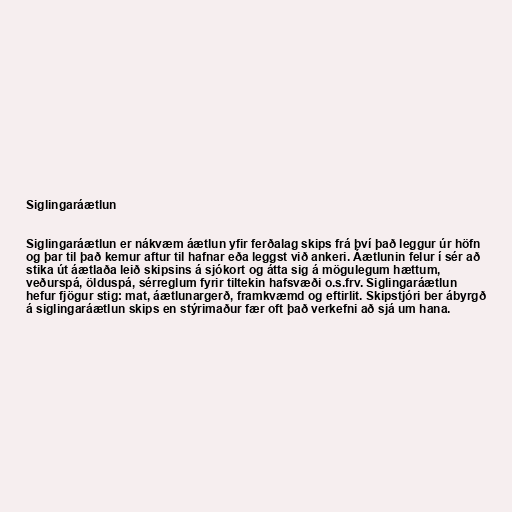
Siglingaráætlun

Siglingaráætlun er nákvæm áætlun yfir ferðalag skips frá því það leggur úr höfn
og þar til það kemur aftur til hafnar eða leggst við ankeri. Áætlunin felur í sér að
stika út áætlaða leið skipsins á sjókort og átta sig á mögulegum hættum,
veðurspá, ölduspá, sérreglum fyrir tiltekin hafsvæði o.s.frv. Siglingaráætlun
hefur fjögur stig: mat, áætlunargerð, framkvæmd og eftirlit. Skipstjóri ber ábyrgð
á siglingaráætlun skips en stýrimaður fær oft það verkefni að sjá um hana.